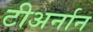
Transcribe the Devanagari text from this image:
टीअर्नान